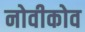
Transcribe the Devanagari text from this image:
नोवीकोव